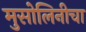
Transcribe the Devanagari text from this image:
मुसोलिनीचा